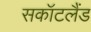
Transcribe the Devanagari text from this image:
सकॉटलैंड